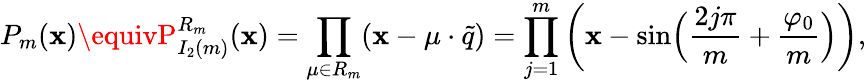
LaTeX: P_{m}(\mathbf{x})\equivP_{I_{2}(m)}^{R_{m}}(\mathbf{x})=\prod_{\mu\in{R_{m}}}(\mathbf{x}-\mu\cdot\tilde{{q}})=\prod_{j=1}^{m}\left(\mathbf{x}-\sin\Bigl({\frac{{2j\pi}}{{m}}}+{\frac{{\varphi_{0}}}{{m}}}\Bigr)\right),